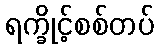
ရက္ခိုင့်စစ်တပ်